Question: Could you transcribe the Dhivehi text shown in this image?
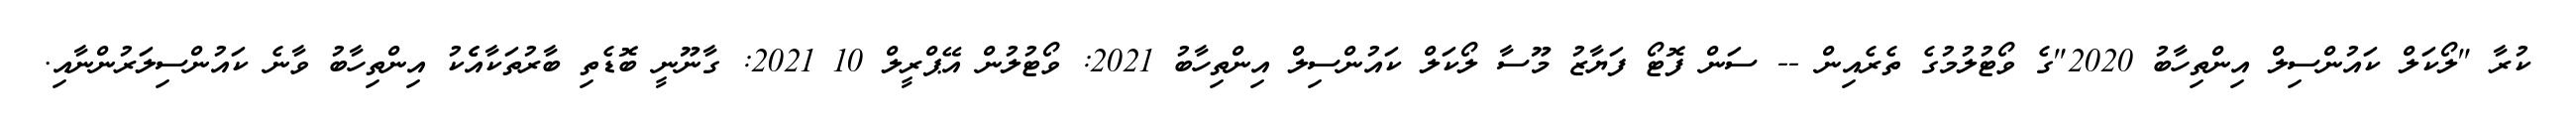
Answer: ކުރާ "ލޯކަލް ކައުންސިލް އިންތިހާބު 2020"ގެ ވޯޓުލުމުގެ ތެރެއިން -- ސަން ފޮޓޯ ފަޔާޒު މޫސާ ލޯކަލް ކައުންސިލް އިންތިހާބު 2021: ވޯޓުލުން އޭޕްރީލް 10 2021: ގާނޫނީ ބޮޑެތި ބާރުތަކާއެެކު އިންތިހާބު ވާނެ ކައުންސިލަރުންނާއި.